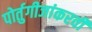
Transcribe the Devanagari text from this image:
पोर्तुगीजांकरवी